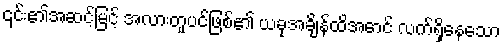
၎င်း၏အဆင့်မြင့် အလားတူပင်ဖြစ်၏ ယခုအချိန်ထိအောင် လက်ရှိနေသော